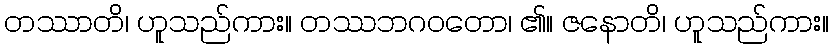
တဿာတိ၊ ဟူသည်ကား။ တဿဘဂဝတော၊ ၏။ ဇနောတိ၊ ဟူသည်ကား။